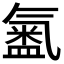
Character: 𭾍